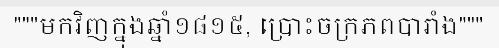
"""មកវិញក្នុងឆ្នាំ១៨១៥, ប្រោះចក្រភពបារាំង"""